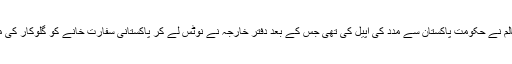
اپنے پیغام میں فخر عالم نے حکومت پاکستان سے مدد کی اپیل کی تھی جس کے بعد دفتر خارجہ نے نوٹس لے کر پاکستانی سفارت خانے کو گلوکار کی مدد کی ہدایت کی تھی۔